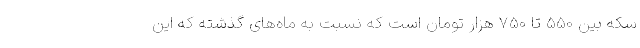
سکه بین 550 تا 750 هزار تومان است که نسبت به ماه‌های گذشته که این